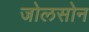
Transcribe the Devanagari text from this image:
जोलसोन